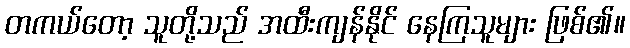
တကယ်တော့ သူတို့သည် အထီးကျန်နိုင် နေကြသူများ ဖြစ်၏။